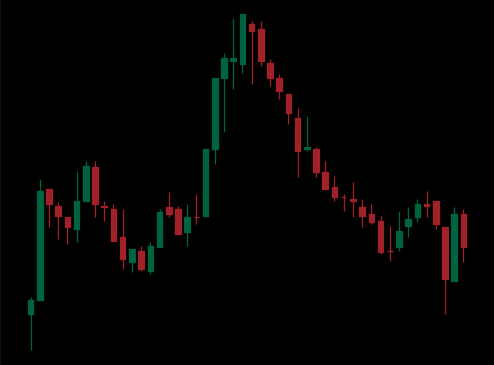
Pattern: head_shoulders